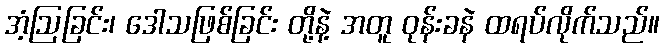
အံ့ဩခြင်း၊ ဒေါသဖြစ်ခြင်း တို့နဲ့ အတူ ဝုန်းခနဲ ထရပ်လိုက်သည်။